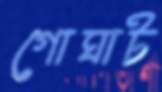
গোঘাট